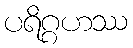
ပရိဂ္ဂဟဿ